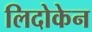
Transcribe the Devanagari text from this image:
लिदोकेन